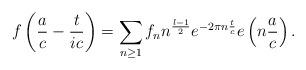
LaTeX: \begin{align*} f\left(\frac{a}{c}-\frac{t}{ic}\right) = \sum_{n \ge 1}f_{n}n^{\frac{\l-1}{2}}e^{-2\pi n\frac{t}{c}}e\left(n\frac{a}{c}\right). \end{align*}